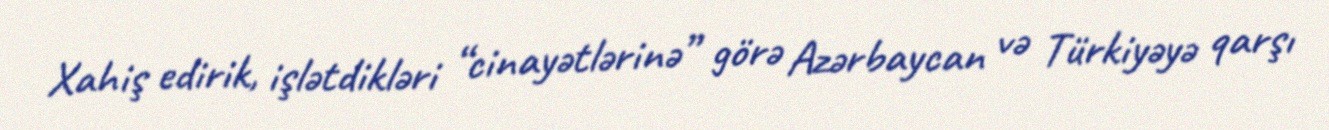
Xahiş edirik, işlətdikləri “cinayətlərinə” görə Azərbaycan və Türkiyəyə qarşı